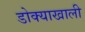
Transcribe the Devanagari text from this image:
डोक्याखाली